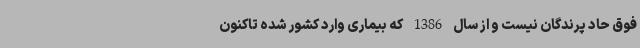
فوق حاد پرندگان نیست و از سال 1386 که بیماری وارد کشور شده تاکنون